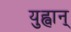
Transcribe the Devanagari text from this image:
युह्वान्